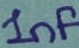
Text: 1nF